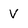
Character: V